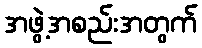
အဖွဲ့အစည်းအတွက်